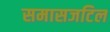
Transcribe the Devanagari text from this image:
समासजटिल